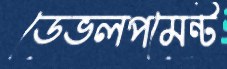
ডেভলপমেন্ট